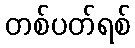
တစ်ပတ်ရစ်